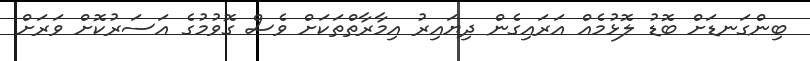
ބިންގަނޑަށް ބޮޑު ލޮޅުމެއް އަރައިގެން ދިޔައިރު އިމާރާތްތަކަށް ވެސް ގޮވުމުގެ އަސަރުކޮށް ވަރަށް